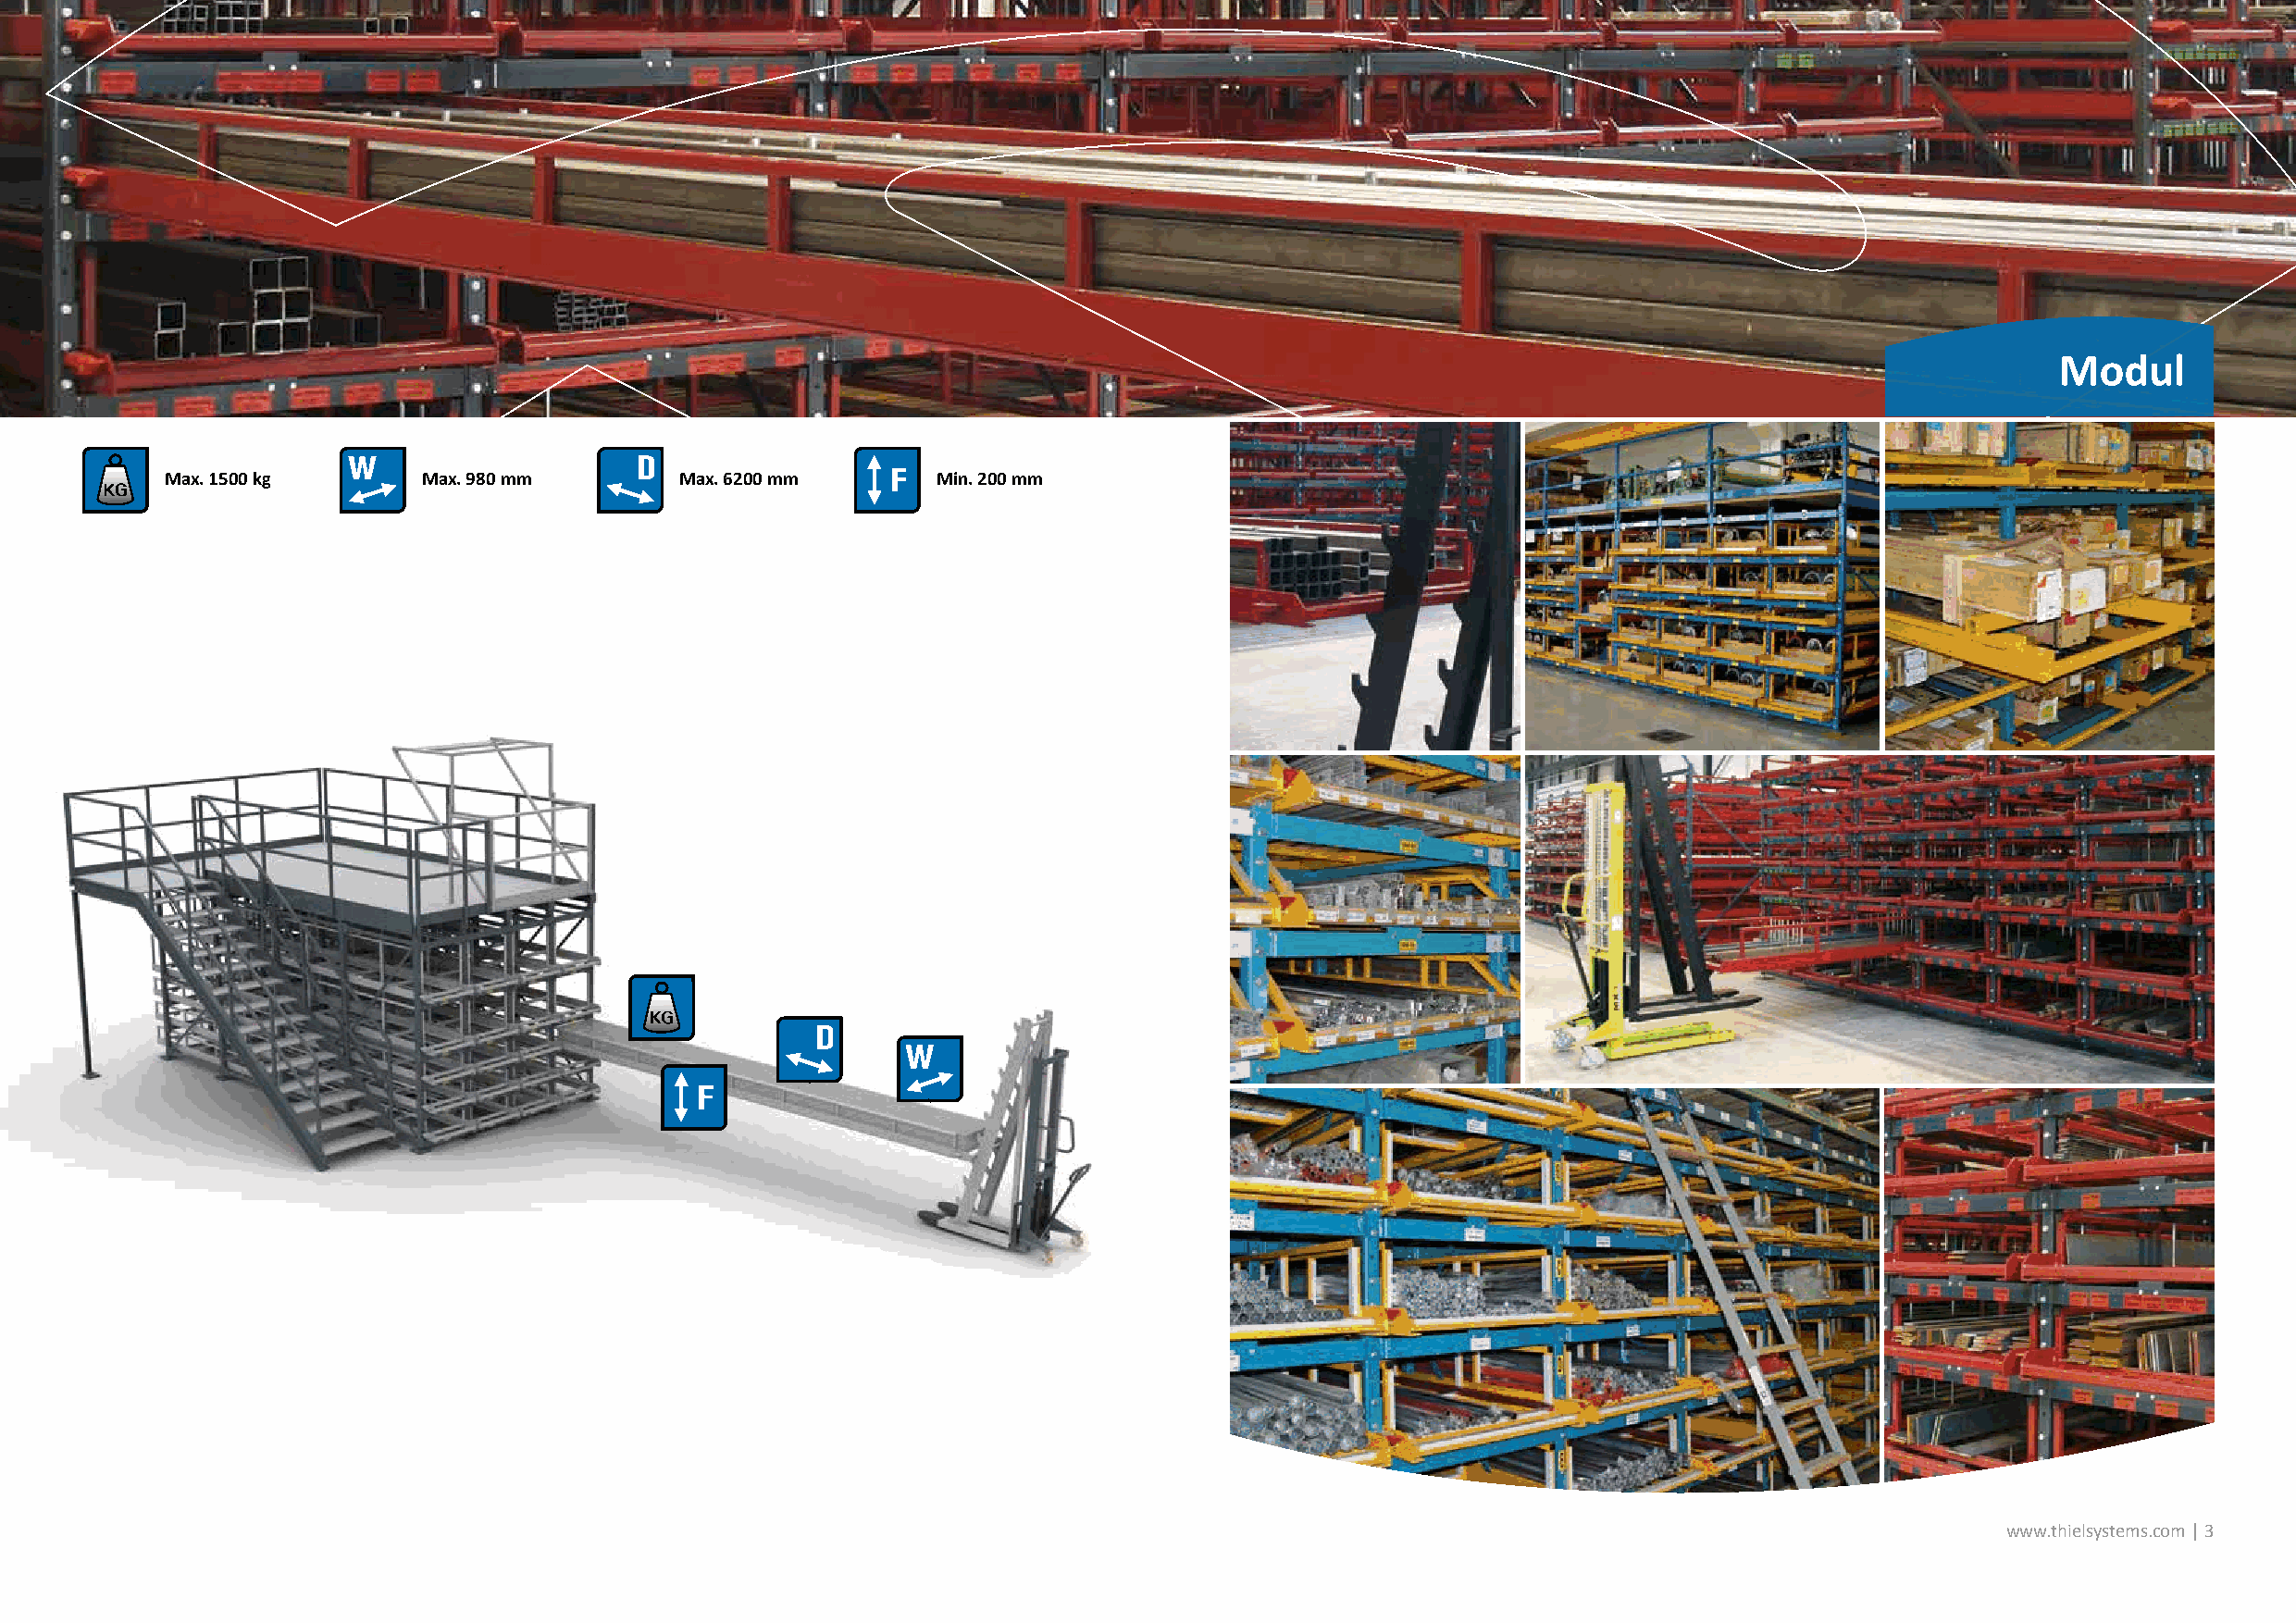
Modul
 Max. 1500 kg      Max. 980 mm        Max. 6200 mm      Min. 200 mm
 www.thielsystems.com | 3